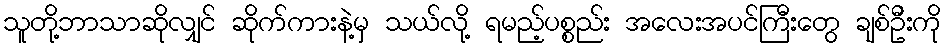
သူတို့ဘာသာဆိုလျှင် ဆိုက်ကားနဲ့မှ သယ်လို့ ရမည့်ပစ္စည်း အလေးအပင်ကြီးတွေ ချစ်ဦးကို